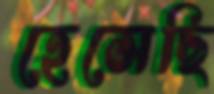
হেসেছি